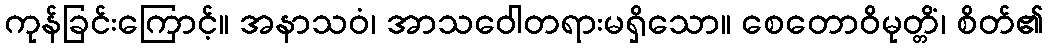
ကုန်ခြင်းကြောင့်။ အနာသဝံ၊ အာသဝေါတရားမရှိသော။ စေတောဝိမုတ္တိံ၊ စိတ်၏